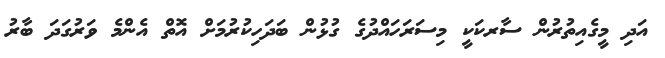
އަދި މީގެއިތުރުން ސާރކަކީ މިސަރަހައްދުގެ ގުޅުން ބަދަހިކުރުމަށް އޮތް އެންމެ ވަރުގަދަ ބާރު